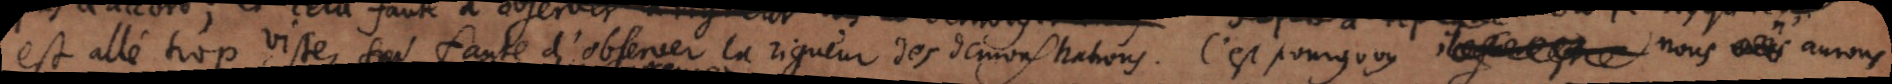
est allé trop viste, faute d’observer la rigueur des demonstrations. C’est pourquoy, il faut estre nous n’aurons